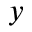
_ { y }